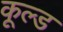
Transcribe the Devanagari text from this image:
कूल्‍ड